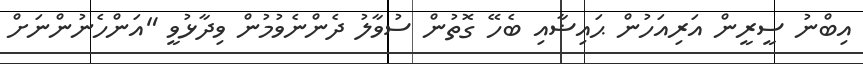
އިބްނު ސީރީން އަރިއަހުން ޙައިޟާއި ބެހޭ ގޮތުން ސުވާލު ދެންނެވުމުން ވިދާޅުވީ "އަންހެނުންނަށް